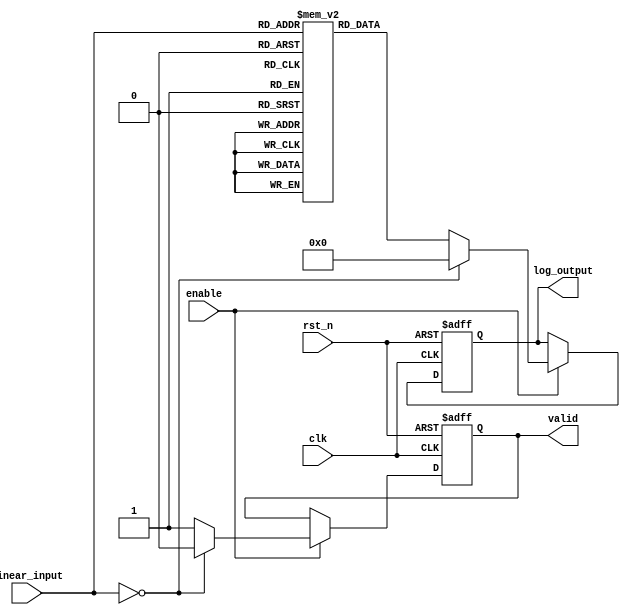
module LogarithmicScalingCircuit (
    input wire clk,                // Clock signal
    input wire rst_n,              // Active low reset
    input wire [7:0] linear_input, // 8-bit linear input (0 to 255)
    input wire enable,             // Enable signal for the circuit
    output reg [7:0] log_output,   // 8-bit logarithmic output
    output reg valid               // Output valid signal
);

    // Lookup table for log2 values for inputs 1 to 255
    reg [7:0] log2_lut [0:255];
    
    initial begin
        // Populate the lookup table with log2 values (scaled)
        // log2(1) = 0, log2(2) = 1, ..., log2(255) = 7.99 (scaled to fit in 8 bits)
        log2_lut[0] = 8'd0;  // log(0) is undefined, handled separately
        log2_lut[1] = 8'd0;  // log2(1) = 0
        log2_lut[2] = 8'd1;  // log2(2) = 1
        log2_lut[3] = 8'd2;  // log2(3) = 1.585
        log2_lut[4] = 8'd2;  // log2(4) = 2
        log2_lut[5] = 8'd3;  // log2(5) = 2.321
        log2_lut[6] = 8'd3;  // log2(6) = 2.585
        log2_lut[7] = 8'd3;  // log2(7) = 2.807
        log2_lut[8] = 8'd4;  // log2(8) = 3
        // ... Fill in the rest of the lookup table ...
        log2_lut[255] = 8'd7; // log2(255) = ~7.99
    end

    always @(posedge clk or negedge rst_n) begin
        if (!rst_n) begin
            log_output <= 8'd0;
            valid <= 1'b0;
        end else if (enable) begin
            if (linear_input == 8'd0) begin
                log_output <= 8'd0; // Handle log(0) case
                valid <= 1'b0;      // Invalid output
            end else begin
                log_output <= log2_lut[linear_input]; // Fetch log2 value from LUT
                valid <= 1'b1;      // Valid output
            end
        end
    end

endmodule